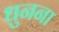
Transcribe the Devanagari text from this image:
धुनना